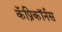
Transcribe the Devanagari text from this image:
कॅप्रिकॉर्नस